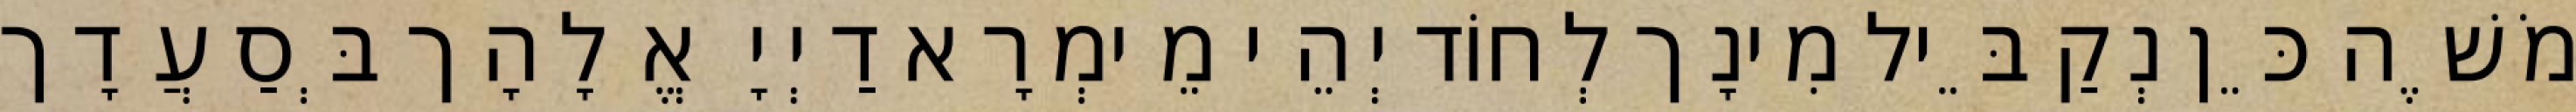
מֹשֶׁה כֵּן נְקַבֵּיל מִינָך לְחוֹד יְהֵי מֵימְרָא דַיְיָ אֱלָהָך בְּסַעֲדָך